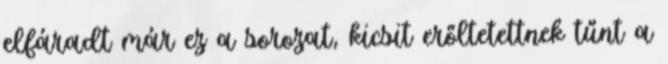
elfáradt már ez a sorozat, kicsit erőltetettnek tűnt a